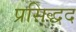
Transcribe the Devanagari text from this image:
प्रसिद्धद